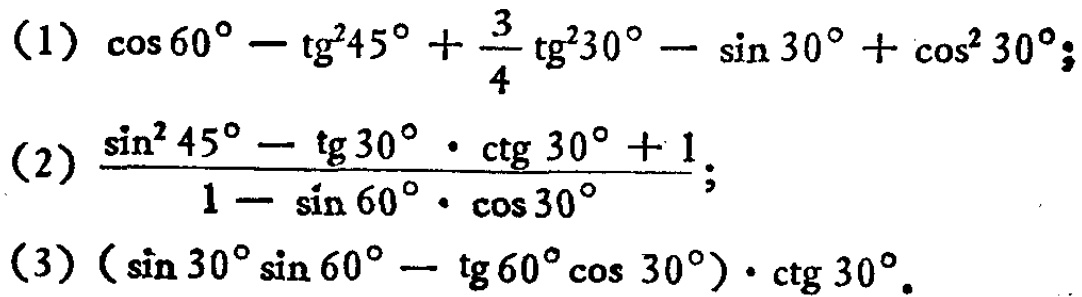
(1) \(\cos 60^{\circ}-\text{tg}^{2}45^{\circ}+\frac{3}{4}\text{tg}^{2}30^{\circ}-\sin 30^{\circ}+\cos^{2}30^{\circ}\);
(2) \(\frac{\sin^{2}45^{\circ}-\text{tg}30^{\circ}\cdot\text{ctg}30^{\circ}+1}{1 - \sin 60^{\circ}\cdot\cos 30^{\circ}}\);
(3) \((\sin 30^{\circ}\sin 60^{\circ}-\text{tg}60^{\circ}\cos 30^{\circ})\cdot\text{ctg}30^{\circ}\).